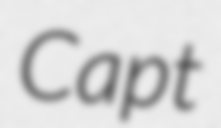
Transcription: Capt